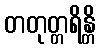
တတုတ္တရိန္တိ